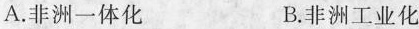
A.非洲一体化 B.非洲工业化